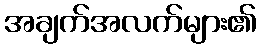
အချက်အလက်များ၏